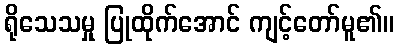
ရိုသေသမှု ပြုထိုက်အောင် ကျင့်တော်မူ၏။